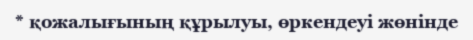
* қожалығының құрылуы, өркендеуі жөнінде